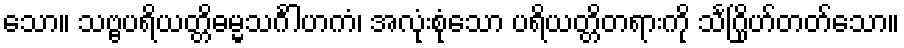
သော။ သဗ္ဗပရိယတ္တိဓမ္မသင်္ဂါဟကံ၊ အလုံးစုံသော ပရိယတ္တိတရားကို သင်္ဂြိုဟ်တတ်သော။